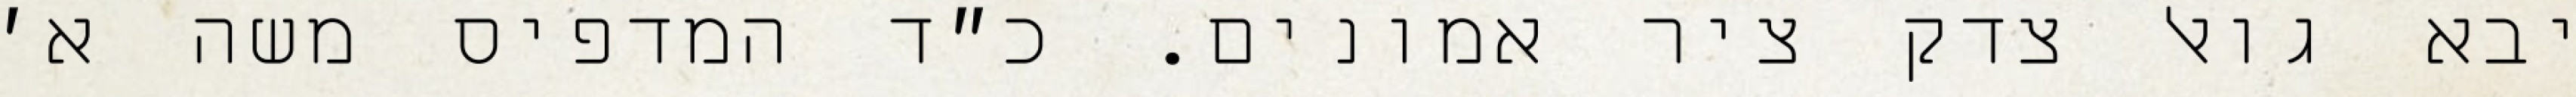
יבא גואל צדק ציר אמונים. כ״ד המדפיס משה א׳